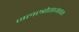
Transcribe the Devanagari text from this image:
जलस्त्रोताजवळ